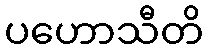
ပဟောသီတိ